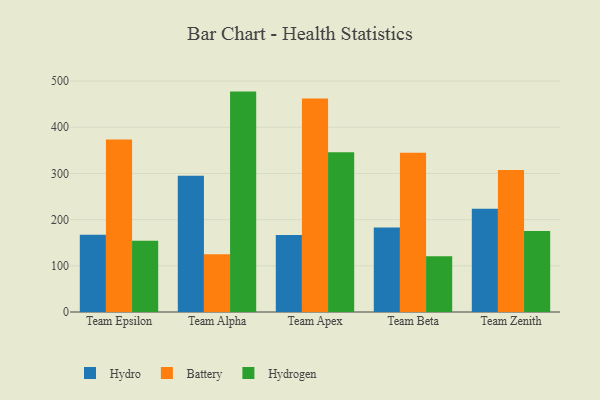
{"axis": {"x": "Team", "y": "Gross Profit (USD K)"}, "legend": ["Battery", "Hydro", "Hydrogen"], "data": [{"x": "Team Epsilon", "y": 167.4, "type": "Hydro"}, {"x": "Team Epsilon", "y": 373.2, "type": "Battery"}, {"x": "Team Epsilon", "y": 154.5, "type": "Hydrogen"}, {"x": "Team Alpha", "y": 295.2, "type": "Hydro"}, {"x": "Team Alpha", "y": 125.1, "type": "Battery"}, {"x": "Team Alpha", "y": 477.1, "type": "Hydrogen"}, {"x": "Team Apex", "y": 166.7, "type": "Hydro"}, {"x": "Team Apex", "y": 462.4, "type": "Battery"}, {"x": "Team Apex", "y": 345.8, "type": "Hydrogen"}, {"x": "Team Beta", "y": 183.0, "type": "Hydro"}, {"x": "Team Beta", "y": 344.9, "type": "Battery"}, {"x": "Team Beta", "y": 120.7, "type": "Hydrogen"}, {"x": "Team Zenith", "y": 223.3, "type": "Hydro"}, {"x": "Team Zenith", "y": 307.5, "type": "Battery"}, {"x": "Team Zenith", "y": 175.1, "type": "Hydrogen"}]}